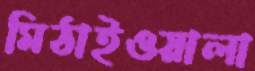
মিঠাইওয়ালা